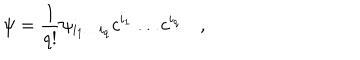
\psi = { \frac { 1 } { q ! } } \psi _ { i _ { 1 } \ldots i _ { q } } c ^ { i _ { 1 } } \ldots c ^ { i _ { q } } \quad ,